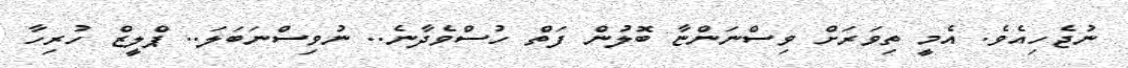
ނުޖެހިއެވެ. އެމީ ތިވަރަށް ވިސްނަންޏާ ބޮލުން ފަތް ހުސްވެދާނެ.. ނުވިސްނަބަލަ.. ޕްލީޒް ހުރިހާ